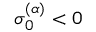
\sigma _ { 0 } ^ { ( \alpha ) } < 0